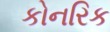
કોનરિક